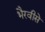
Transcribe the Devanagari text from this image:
भैरवीसे